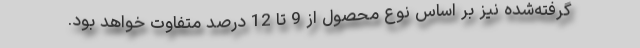
گرفته‌شده نیز بر اساس نوع محصول از 9 تا 12 درصد متفاوت خواهد بود.